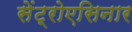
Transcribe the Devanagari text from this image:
सेंट्रोएसिनार